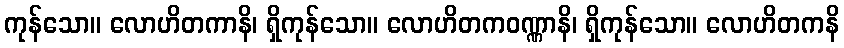
ကုန်သော။ လောဟိတကာနိ၊ ရှိကုန်သော။ လောဟိတကဝဏ္ဏာနိ၊ ရှိကုန်သော။ လောဟိတကနိ